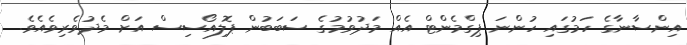
އިންސާނާގެ ހަމުގައި ހުންނަ ޕިގްމެންޓް އެއް މަދުވުމުގެ ސަބަބުން ޕޮލިއޯސިސް އަށް މެދުވެރިވެއެވެ.